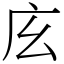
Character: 𢇝